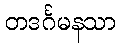
တဒင်္ဂမနသာ